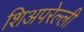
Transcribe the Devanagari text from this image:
शिअपरेल्ली